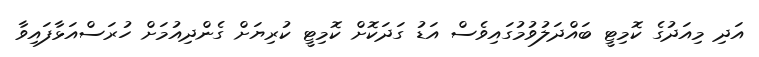
އަދި މިއަދުގެ ކޮމިޓީ ބައްދަލުވުމުގައިވެސް އަޑު ގަދަކޮށް ކޮމިޓީ ކުރިޔަށް ގެންދިއުމަށް ހުރަސްއަޅާފައިވާ